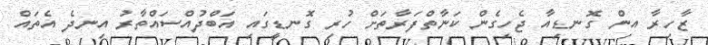
ޒާހިރާ އިން ގޮނޑިއާ ޖެހިގެން ކަނާތްފަރާތަށް ހުރި ގޮނޑީގައި އަބްދުއްސައްތާރު އިނދެ އެތައް